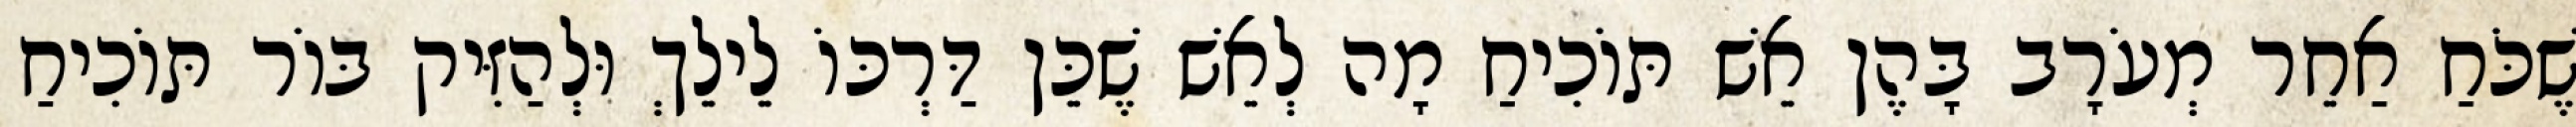
שֶׁכֹּחַ אַחֵר מְעֹרָב בָּהֶן אֵשׁ תּוֹכִיחַ מָה לְאֵשׁ שֶׁכֵּן דַּרְכּוֹ לֵילֵךְ וּלְהַזִּיק בּוֹר תּוֹכִיחַ